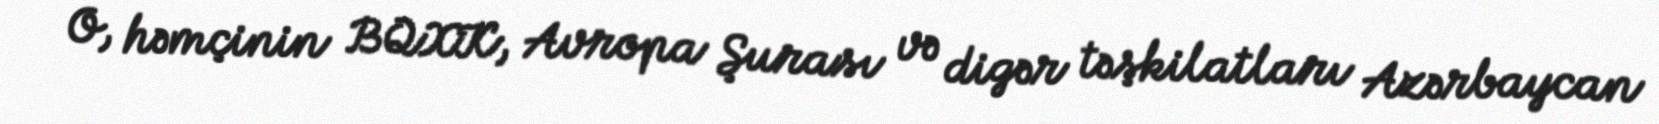
O, həmçinin BQXK, Avropa Şurası və digər təşkilatları Azərbaycan